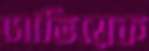
সোভিয়েক